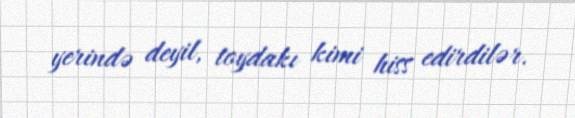
yerində deyil, toydakı kimi hiss edirdilər.